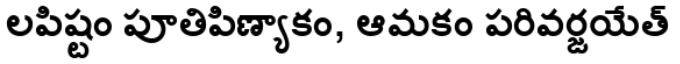
లపిష్టం పూతిపిణ్యాకం, ఆమకం పరివర్జయేత్